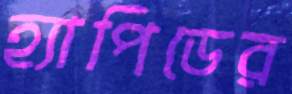
হ্যাপিডের